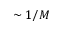
\sim 1 / M